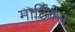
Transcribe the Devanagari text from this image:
मार्टिक्स